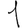
Digit: 1